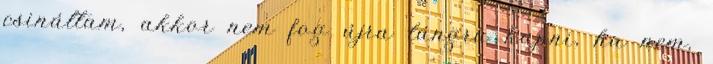
csináltam, akkor nem fog újra lángra kapni, ha nem,